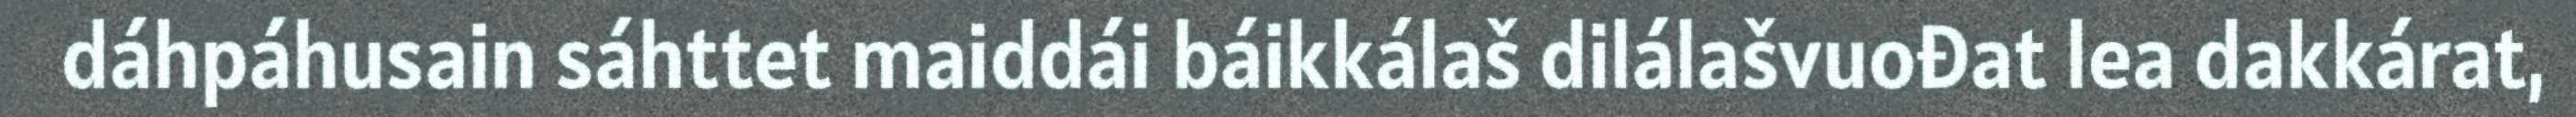
dáhpáhusain sáhttet maiddái báikkálaš dilálašvuođat lea dakkárat,